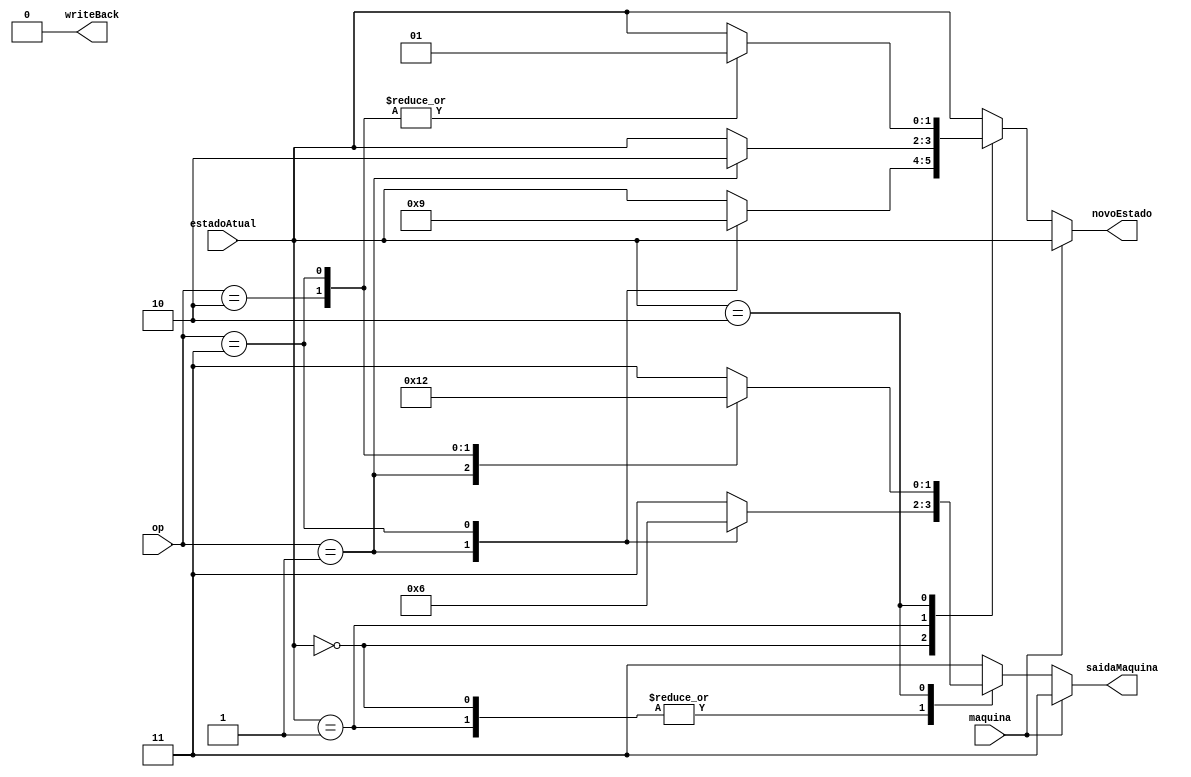
module maquinaEmissor (maquina, op, estadoAtual, novoEstado, saidaMaquina, writeBack);

	input maquina;
	input [2:0]op;
	input [1:0]estadoAtual;
	output reg [1:0] novoEstado;
	output reg [1:0] saidaMaquina;
	output reg writeBack;
	
   // Maquina
	parameter atua = 1'b0;
	parameter reage = 1'b1;
	
	// Estados
	parameter invalido = 2'b00;
	parameter modificado = 2'b01;
	parameter compartilhado = 2'b10;
	
	// Mensagens
	parameter invalidar = 2'b00;
	parameter msgReadMiss = 2'b01;
	parameter msgWriteMiss = 2'b10;
	parameter semMensagem = 2'b11;
	
	// Operacoes	
	parameter opReadHit = 2'b000;
	parameter opReadMiss = 2'b001;
	parameter opWriteHit = 2'b010;
	parameter opWriteMiss = 2'b011;
	
	initial begin
		writeBack = 1'b0;
	end
	
	// Sempre que ocorrer uma operacao ou entrada no barramento
	always @ (op) begin
	
		// Configuracoes para casos onde nao ocorre mudanca
		novoEstado = estadoAtual;
		saidaMaquina = semMensagem;
		writeBack = 1'b0;
		
		// Se for a maquina atuante
		if(maquina == atua) begin
			// e seu estado no momento for
			case(estadoAtual)
				// INVALIDO
				invalido: begin
					// Analisa a operacao e atribui os valores adequados
					case(op)
						opReadHit: begin
						end
						opReadMiss: begin
							novoEstado = compartilhado;
							saidaMaquina = msgReadMiss;
						end						
						opWriteHit: begin
						end		
						opWriteMiss: begin
							novoEstado = modificado;
							saidaMaquina = msgWriteMiss;
						end						
					endcase
				end
				// MODIFICADO
				modificado: begin
					case(op)
						// Analisa a operacao e atribui os valores adequados
						opReadHit: begin
						end
						opReadMiss: begin
							writeBack = 1'b1;
							novoEstado = compartilhado;							
							saidaMaquina = msgReadMiss;
							#20 writeBack = 1'b0;
						end						
						opWriteHit: begin
						end		
						opWriteMiss: begin							
							writeBack = 1'b1;
							saidaMaquina = msgWriteMiss;
							#20 writeBack = 1'b0;
						end	
					endcase
				end
				// COMPARTILHADO
				compartilhado: begin
					case(op)
						// Analisa a operacao e atribui os valores adequados
						opReadHit: begin
						end
						opReadMiss: begin
							saidaMaquina = msgReadMiss;
						end						
						opWriteHit: begin
							novoEstado = modificado;
							saidaMaquina = invalidar;
						end		
						opWriteMiss: begin
							novoEstado = modificado;
							saidaMaquina = msgWriteMiss;						
						end
					endcase
				end
			endcase
		end
		
	end // Fim do always
	
endmodule